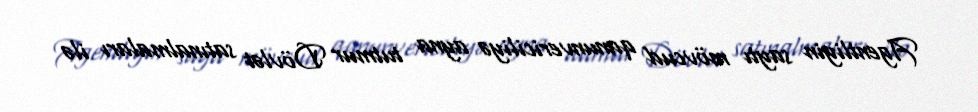
Agentliyin saytı mövcud qanunvericiliyə ayna tutmur Dövlət satınalmaları ilə